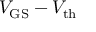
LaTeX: V _ { \mathrm { G S } } - V _ { \mathrm { t h } }